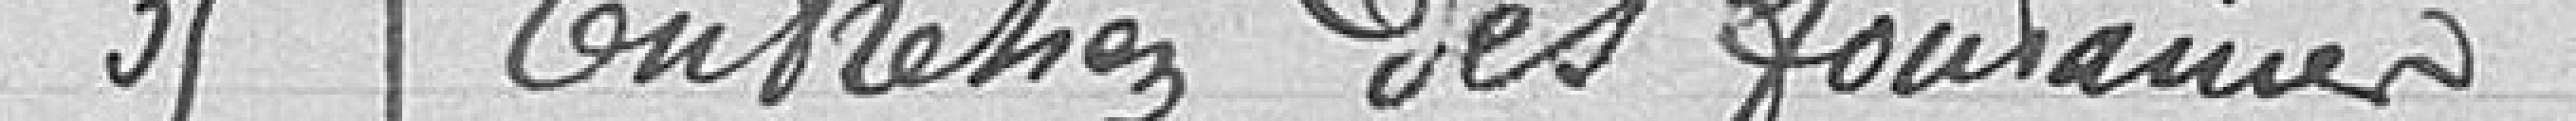
35 Entretien des fontaines